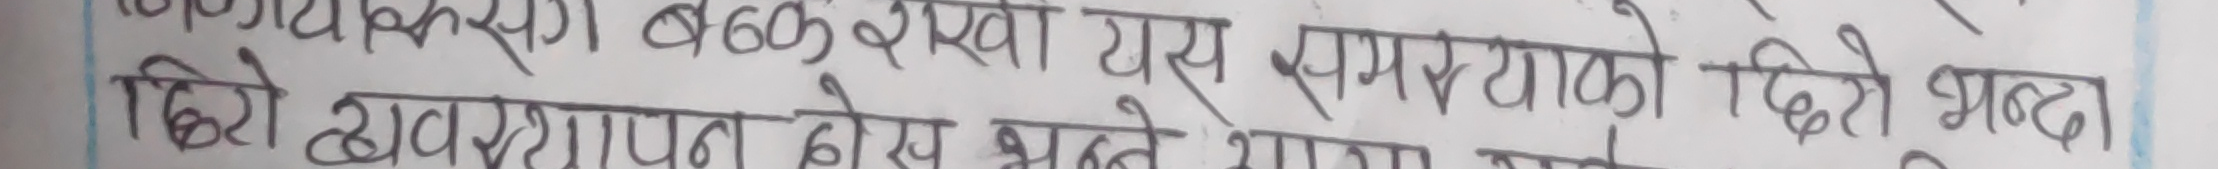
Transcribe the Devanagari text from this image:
कम्पोष्ट मल) बन्द राखि यस जमर्बाटको
धेरै आवश्यकता ठोस मलबाट